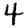
Digit: 4